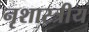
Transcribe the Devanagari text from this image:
नृशास्त्रीय